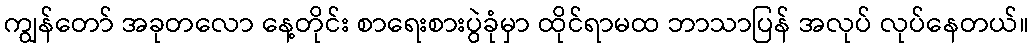
ကျွန်တော် အခုတလော နေ့တိုင်း စာရေးစားပွဲခုံမှာ ထိုင်ရာမထ ဘာသာပြန် အလုပ် လုပ်နေတယ်။